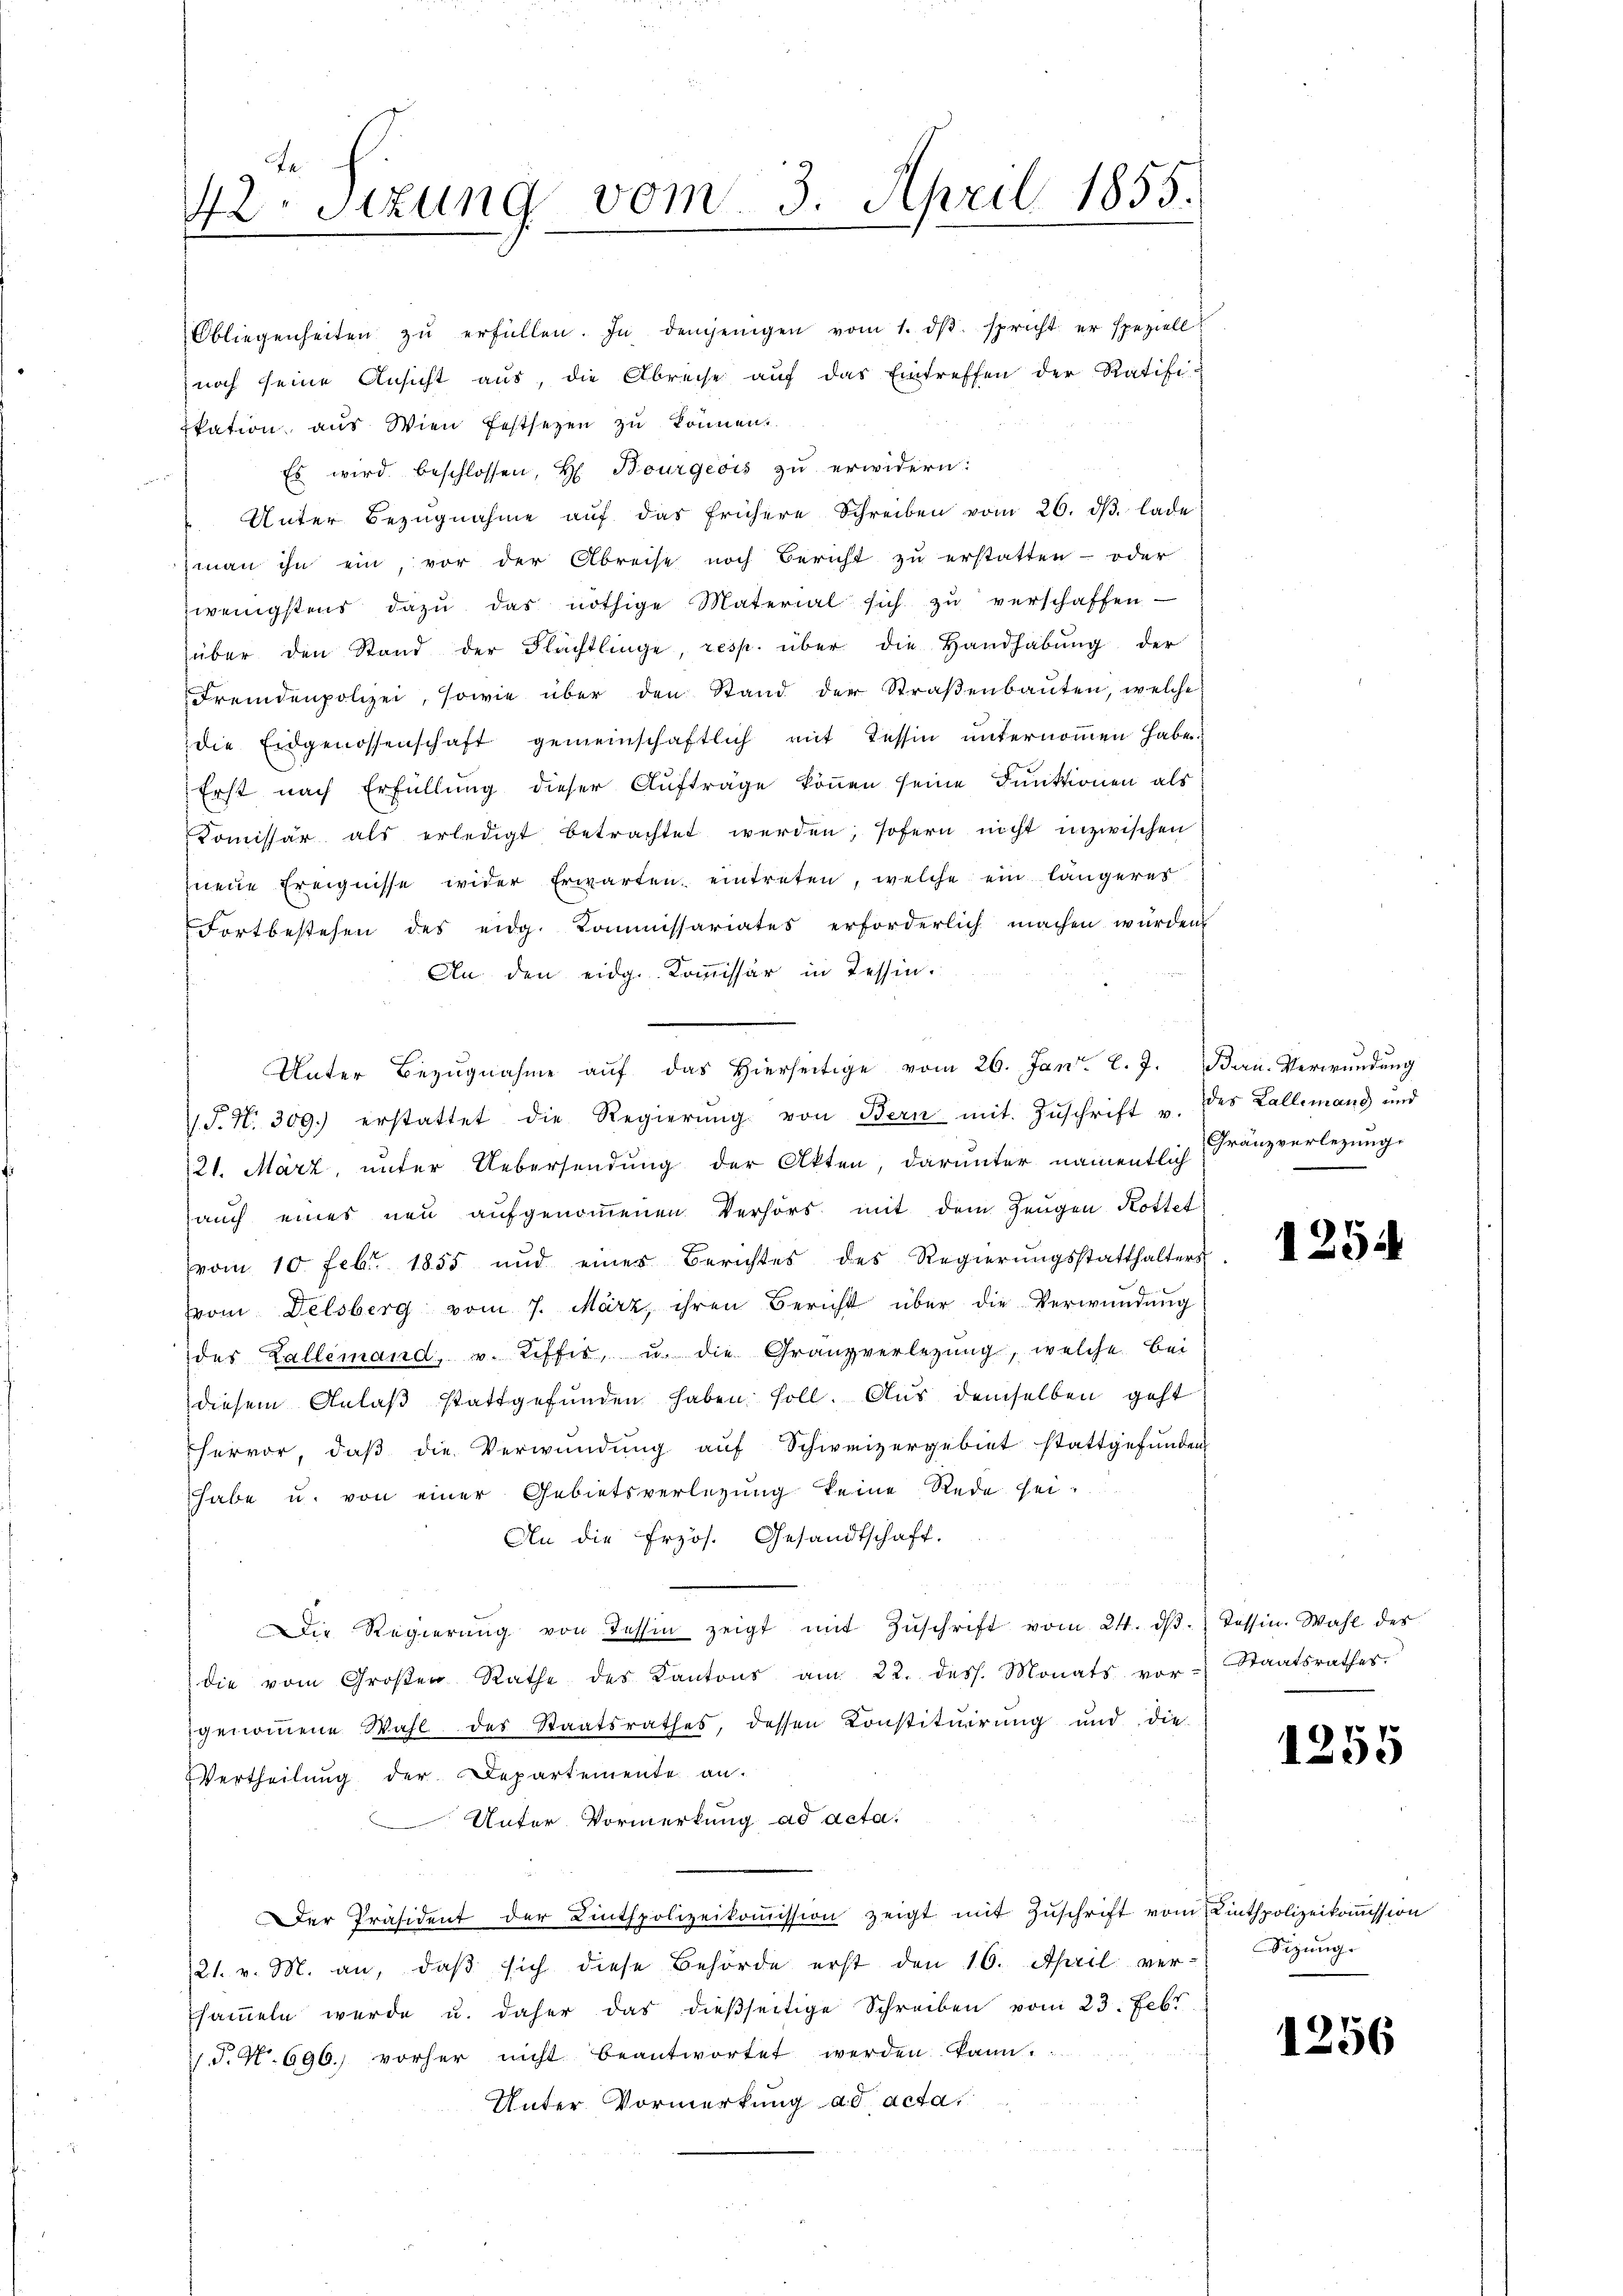
42. Sitzung vom 3. April 1855.
¬

Obliegenheiten zŭ erfüllen. In demjenigen vom 1. dβ. spricht er speziell
noch seine Ansicht aus, die Abreise auf das Eintreffen der Ratifi-
ikation aus Wien festsezen zu können.
Es wird beschlossen, H. Bourgeois zu erwidern:
Unter Bezŭgnahme aŭf das frühere Schreiben vom 26. dβ lade
man ihn ein, vor der Abreise noch Bericht zu erstatten- oder
zwenigstens dazŭ das nöthige Material sich zŭ verschaffen
über den Stand der Flächtlinge, resp. über die Handhabŭng der
Fremdenpolizei, sowie über den Stand der Straßenbauten, welche
die Eidgenossenschaft gemeinschaftlich mit Tessin ŭnternoṁen habe
Erst nach Erfüllung dieser Aufträge können seine Funktionen als
Komissär als erledigt betrachtet werden; sofern nicht inzwischen
jneue Ereignisse wider Erwarten eintreten, welche ein längerer
Fortbestehen des eidg. Kommissariates erforderlich machen würden.
An den eidg. Kommissär in Tessin.
9
J. J. N. 309.) erstattet die Regierŭng von Bern mit Zŭschrift u. des Lallemand und
21. März, unter Uebersendung der Akten, darunter namentlich Franzverlegung.
auch eines neu aufgenoṁenen Verhörs mit dem Zeŭgen Kottet
vom 10. Febr. 1855 und einer Berichtes des Regierŭngsstatthalters
vom Delsberg vom 7. März, ihren Bericht über die Verwundung
des Zallemand, u. Liffig, u. die Granzverlegung, welche bei
diesem Anlaβ stattgefunden haben soll. Aus demselben geht
hervor, daβ die Verwŭndŭng aŭf Schweizergebiet stattgefŭnden
habe u. von einer Gebietsverlegung keine Rede sei-
An die frzös. Gesandtschaft.
Die Regierŭng von Tessin zeigt mit Zŭschrift vom 24. dβ. Tessin. Wahl des
die vom Großen Rathe des Kantons am 22. dess. Monats vor-Staatsrathes
genommene Wahl des Staatsrathes, dessen Konstituirung und die-
Vertheilung der Departemente an.
Unter Vormerkung ad acta.
Der Präsident der Linthpolizeikoṁission zeigt mit Zŭschrift vom Linthpolizeikoṁission
21. v. M. an, daβ sich diese Behörde erst den 16. April ver-Sigŭng.
saṁeln werde u. daher das dieβseitige Schreiben vom 23. Febr.
S.N. 696. vorher nicht beantwortet werden kann.
Unter Vormerkung ad acta,

Unter Bezŭgnahme aŭf das hierseitige vom 26. Jan. l. J. Bau- Verwundung

1254

1255

1256